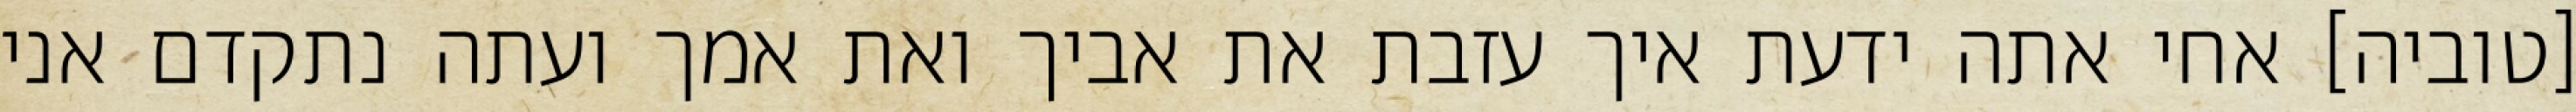
[טוביה] אחי אתה ידעת איך עזבת את אביך ואת אמך ועתה נתקדם אני